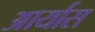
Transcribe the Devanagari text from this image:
आर्यास